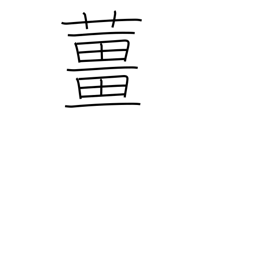
Meaning: ginger